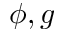
\phi , g